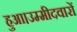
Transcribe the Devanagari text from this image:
हुआ।उम्मीदवारों